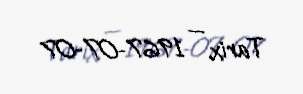
Tarix — 1967-07-07